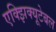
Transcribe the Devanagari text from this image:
एक्झिक्यूटेबल